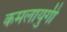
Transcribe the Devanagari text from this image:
कमलायुगी